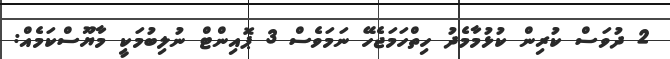
2 ދުވަަސް ކުރިން ކުޅުމާމެދު ހިތްހަމަޖެހޭ ނަމަވެސް 3 ޕޮއިންޓް ނުލިބުމަކީ މާޔޫސްކަމެއް: